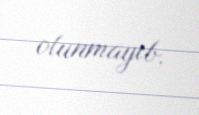
olunmayıb.